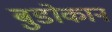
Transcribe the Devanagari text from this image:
बुडोकान